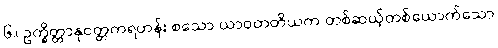
၆။ ဥက္ခိတ္တာနုဝတ္တကရဟန်း စသော ယာဝတတိယက တစ်ဆယ့်တစ်ယောက်သော